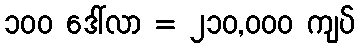
၁၀၀ ဒေါ်လာ = ၂၁၀,၀၀၀ ကျပ်